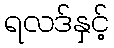
ရလဒ်နှင့်